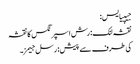
جیپیایس:
نقشہ لنک: رش اسپرنگس کا نقشہ
کی طرف سے پیش: رسل جیمز۔